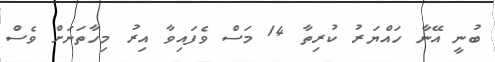
ބުނީ އޭނާ ހައްޔަރު ކުރިތާ 14 މަސް ވެފައިވާ އިރު މިހާތަނަށް ވެސް